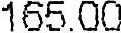
165.00